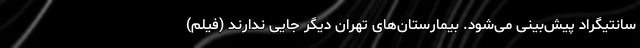
سانتیگراد پیش‌بینی می‌شود. بیمارستان‌های تهران دیگر جایی ندارند (فیلم)